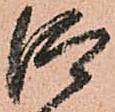
仰